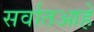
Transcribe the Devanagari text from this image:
सर्वातआहे